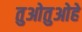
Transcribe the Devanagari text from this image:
तुओतुओहे